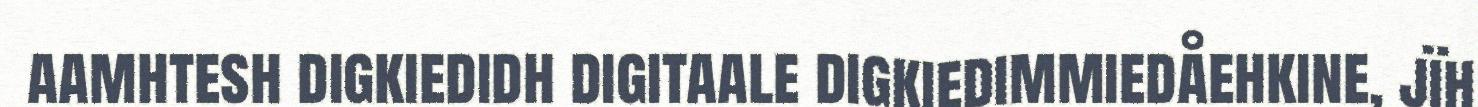
aamhtesh digkiedidh digitaale digkiedimmiedåehkine, jïh